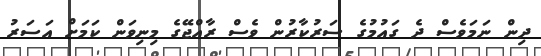
ދިން ނަމަވެސް ދެ ގައުމުގެ ސަރުކާރުން ވެސް ރާއްޖޭގެ މިނިވަން ކަމަށް އަސަރު